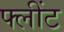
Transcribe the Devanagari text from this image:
फ्लींट